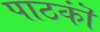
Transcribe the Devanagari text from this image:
पाठकॊं